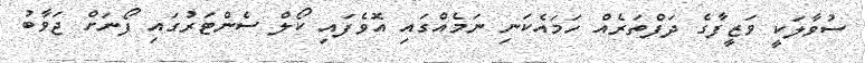
ސުވާލަކީ ވަޒީފާގެ ދަފްތަރެއް ހަމައެކަނި ނަމެއްގައި އޮވެފައި ކޯލް ސެންޓަރުގައި ފޯނަށް ޖަވާބު